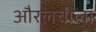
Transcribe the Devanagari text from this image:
औरलचीला